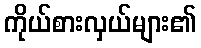
ကိုယ်စားလှယ်များ၏